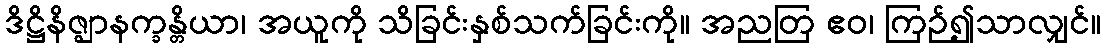
ဒိဋ္ဌိနိဇ္ဈာနက္ခန္တိယာ၊ အယူကို သိခြင်းနှစ်သက်ခြင်းကို။ အညတြ ဧဝ၊ ကြဉ်၍သာလျှင်။